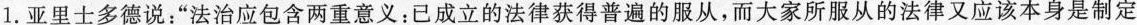
1.亚里士多德说：”法治应包含两重意义：已成立的法律获得普遍的服从，而大家所服从的法律又应该本身是制定